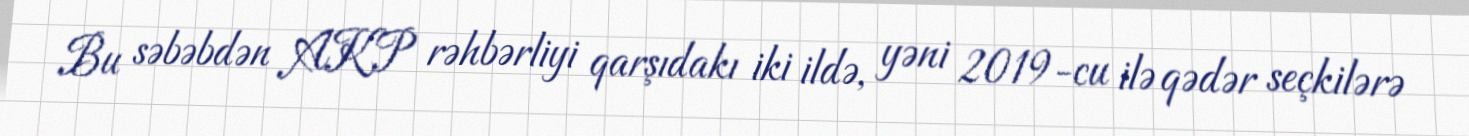
Bu səbəbdən AKP rəhbərliyi qarşıdakı iki ildə, yəni 2019-cu ilə qədər seçkilərə